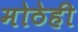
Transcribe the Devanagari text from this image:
मोठेही